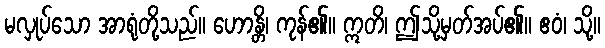
မလှုပ်သော အာရုံတို့သည်။ ဟောန္တိ၊ ကုန်၏။ ဣတိ၊ ဤသို့မှတ်အပ်၏။ ဧဝံ၊ သို့။